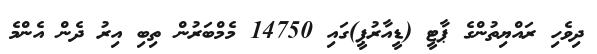
ދިވެހި ރައްޔިތުންގެ ޕާޓީ (ޑީއާރުޕީ)ގައި 14750 މެމްބަރުން ތިބި އިރު ދެން އެންމެ